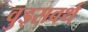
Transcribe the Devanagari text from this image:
वुड्सवर्थ